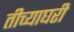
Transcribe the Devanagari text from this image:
तीच्याघरी